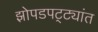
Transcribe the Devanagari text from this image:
झोपडपट्ट्यांत